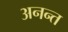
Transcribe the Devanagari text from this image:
अनन्‍त